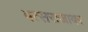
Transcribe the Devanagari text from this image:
वत्सराजावर